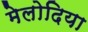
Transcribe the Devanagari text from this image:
मेलोदिया